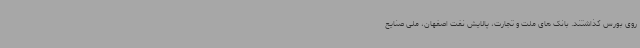
روی بورس گذاشتند. بانک های ملت و تجارت، پالایش نفت اصفهان، ملی صنایع